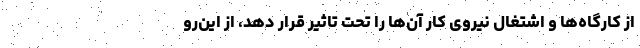
از کارگاه‌ها و اشتغال نیروی کار آن‌ها را تحت تاثیر قرار دهد، از این‌رو